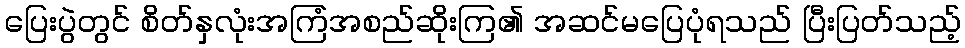
ပြေးပွဲတွင် စိတ်နှလုံးအကြံအစည်ဆိုးကြ၏ အဆင်မပြေပုံရသည် ပြီးပြတ်သည့်